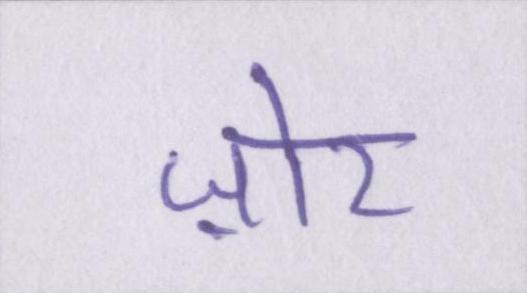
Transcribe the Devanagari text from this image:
ज़ोर